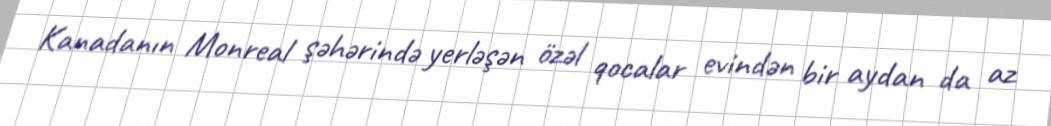
Kanadanın Monreal şəhərində yerləşən özəl qocalar evindən bir aydan da az